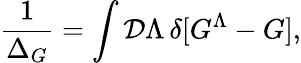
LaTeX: {\frac{1}{\Delta_{G}}}=\int{\cal D}\Lambda\, \delta[G^{\Lambda}-G],